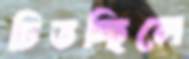
চিতচ্ছিলে